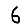
Digit: 6